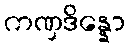
ကဏှဒိန္နော